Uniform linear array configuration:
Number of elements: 12
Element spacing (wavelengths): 0.5
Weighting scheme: cosine
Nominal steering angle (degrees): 60
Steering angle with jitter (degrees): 61.342
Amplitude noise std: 0.05
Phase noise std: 0.05

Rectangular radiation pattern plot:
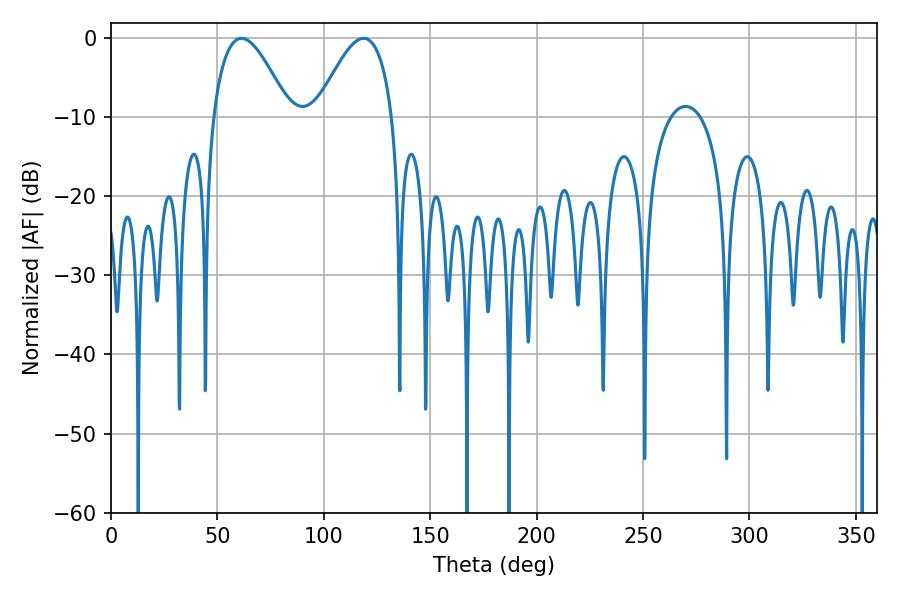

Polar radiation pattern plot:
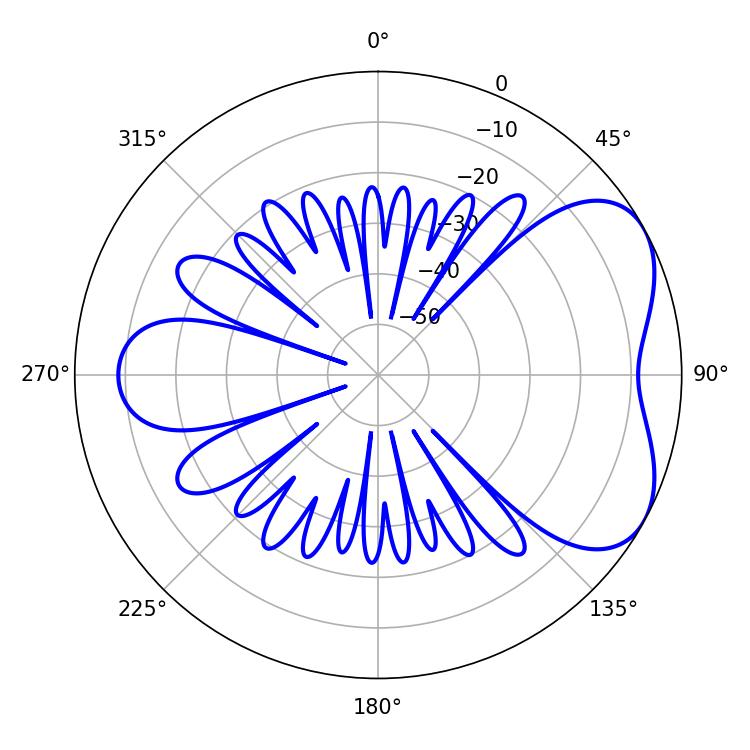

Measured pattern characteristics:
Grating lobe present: FALSE
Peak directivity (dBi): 5.087
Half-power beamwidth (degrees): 19.44
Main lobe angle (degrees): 61.38